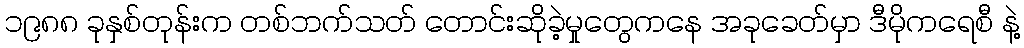
၁၉၈၈ ခုနှစ်တုန်းက တစ်ဘက်သတ် တောင်းဆိုခဲ့မှုတွေကနေ အခုခေတ်မှာ ဒီမိုကရေစီ နဲ့